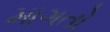
માગતો